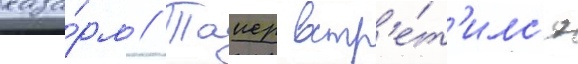
каза́рм // Таиер встр'е́т'илс'я